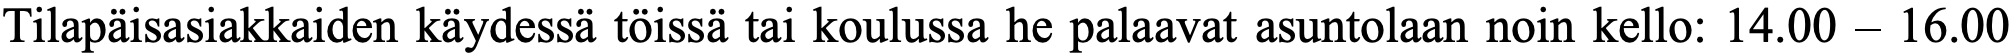
Tilapäisasiakkaiden käydessä töissä tai koulussa he palaavat asuntolaan noin kello: 14.00 – 16.00